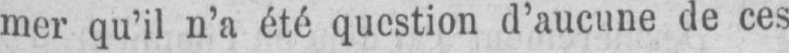
mer qu’il n’a été question d’aucune de ces